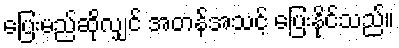
ပြေးမည်ဆိုလျှင် အတန်အသင့် ပြေးနိုင်သည်။